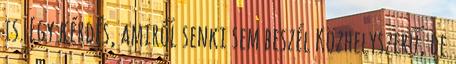
is. Egy kérdés, amiről senki sem beszél Közhelyszerű, de